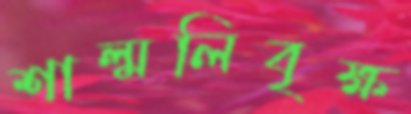
শাল্মলিবৃক্ষ